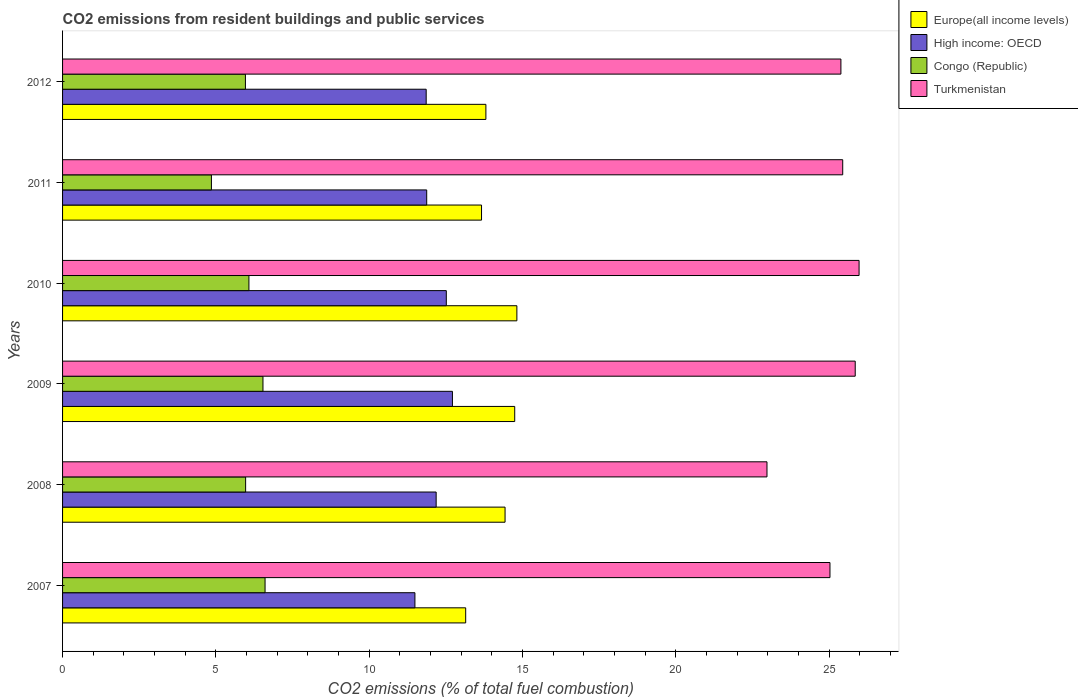
| Years | Europe(all income levels) | High income: OECD | Congo (Republic) | Turkmenistan |
 | --- | --- | --- | --- | --- |
 | 2007 | 13.1 | 11.5 | 6.6 | 25 |
 | 2008 | 14.4 | 12.2 | 5.97 | 23 |
 | 2009 | 14.7 | 12.7 | 6.54 | 25.9 |
 | 2010 | 14.8 | 12.5 | 6.08 | 26 |
 | 2011 | 13.7 | 11.9 | 4.85 | 25.4 |
 | 2012 | 13.8 | 11.9 | 5.96 | 25.4 |